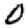
Digit: 0